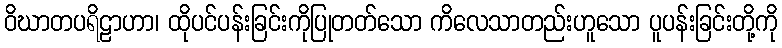
ဝိဃာတပရိဠာဟာ၊ ထိုပင်ပန်းခြင်းကိုပြုတတ်သော ကိလေသာတည်းဟူသော ပူပန်းခြင်းတို့ကို